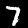
Digit: 7